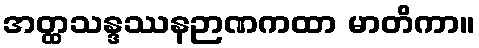
အတ္ထသန္ဒဿနဉာဏကထာ မာတိကာ။